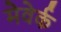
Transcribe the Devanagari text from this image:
मेवेर्क